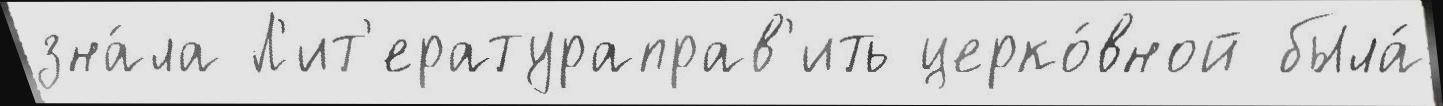
зна́ла Л'ит'ератураправ'ить церко́вной была́